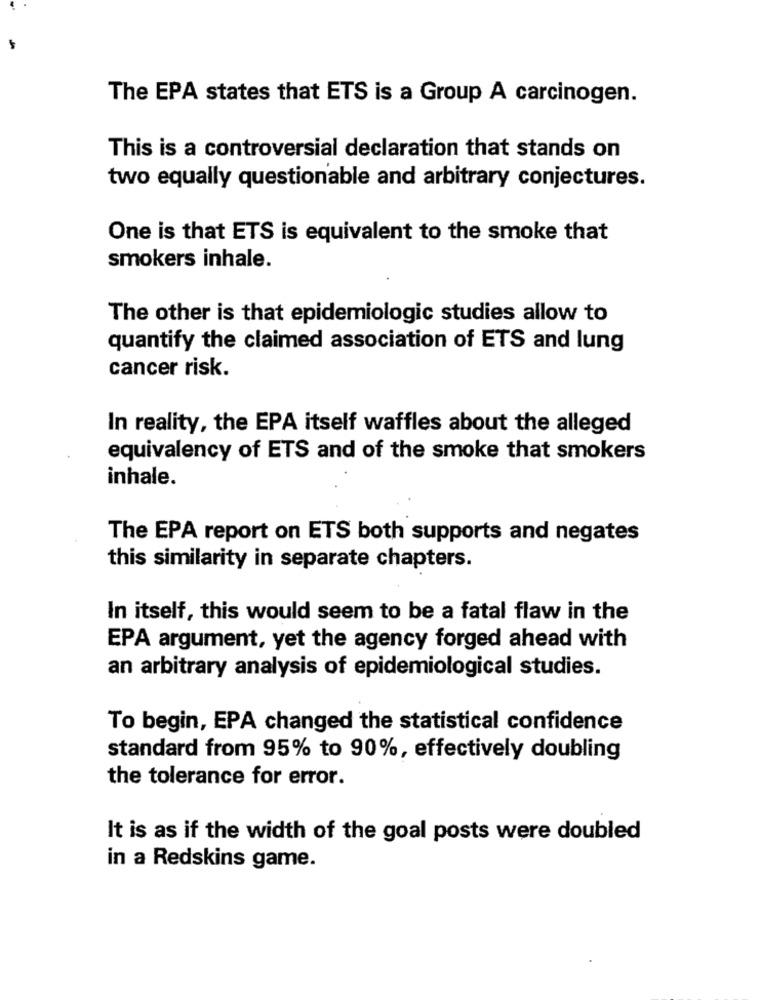
The EPA states that ETS is a Group A carcinogen.
This is a controversial declaration that stands on
two equally questionable and arbitrary conjectures.
One is that ETS is equivalent to the smoke that
smokers inhale.
The other is that epidemiologic studies allow to
quantify the claimed association of ETS and lung
cancer risk.
In reality, the EPA itself waffles about the alleged
equivalency of ETS and of the smoke that smokers
inhale.
The EPA report on ETS both supports and negates
this similarity in separate chapters.
In itself, this would seem to be a fatal flaw in the
EPA argument, yet the agency forged ahead with
an arbitrary analysis of epidemiological studies.
To begin, EPA changed the statistical confidence
standard from 95% to 90%, effectively doubling
the tolerance for error.
It is as if the width of the goal posts were doubled
in a Redskins game.